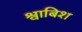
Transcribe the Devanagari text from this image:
श्वाबिश